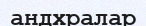
андхралар